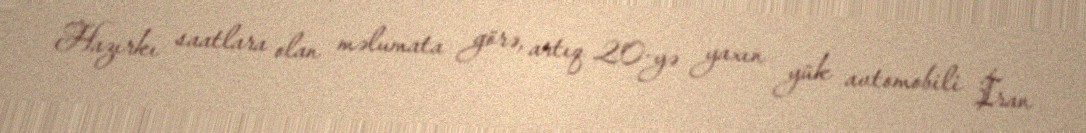
Hazırkı saatlara olan məlumata görə, artıq 20-yə yaxın yük avtomobili İran